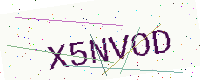
Text: X5NVOD